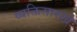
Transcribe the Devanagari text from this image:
व्यक्तिसारखे